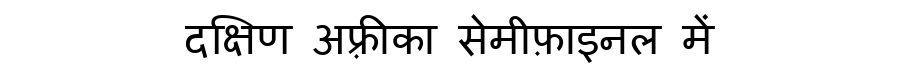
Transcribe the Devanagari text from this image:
दक्षिण अफ़्रीका सेमीफ़ाइनल में